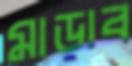
মাড়াব